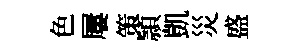
色屢策頴凱災盛